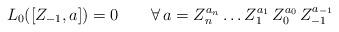
LaTeX: \begin{align*}L_0 ([Z_{-1} , a]) = 0 \qquad \forall \, a = Z_n^{a_n} \ldots Z_1^{a_1} \, Z_0^{a_0} \, Z_{-1}^{a_{-1}} \end{align*}